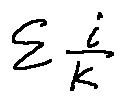
\sum \frac { i } { k }